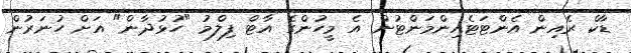
ޑާކް ރެއިން އެންޓަޓެއިންމަންޓުން އެ މީހުންގެ އާޓް ފިލްމު "ހުޅުދާން" އަށް ހުނަރުން